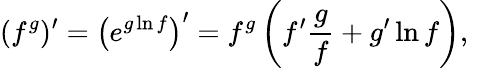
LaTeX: (f^{g})^{\prime}=\left(e^{g\ln f}\right)^{\prime}=f^{g}\left(f^{\prime}{\frac{g}{f}}+g^{\prime}\ln f\right),\quad